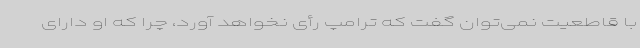
با قاطعیت نمی‌توان گفت که ترامپ رأی نخواهد آورد، چرا که او دارای